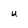
Character: u